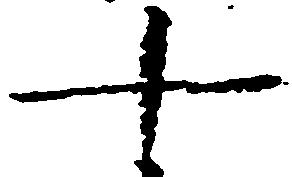
十